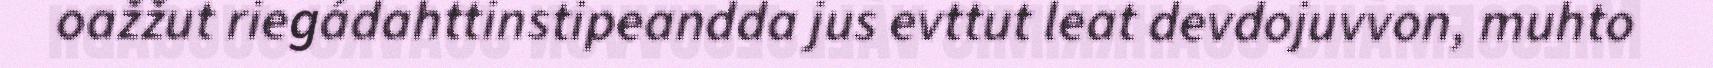
oažžut riegádahttinstipeandda jus evttut leat devdojuvvon, muhto